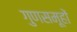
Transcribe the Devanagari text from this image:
गुणसमूहों